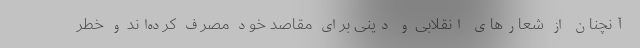
آنچنان از شعارهای انقلابی و دینی برای مقاصد خود مصرف کرده‌اند و خطر